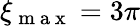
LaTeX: \xi_{\mathrm{~m~a~x~}}=3\pi